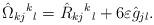
LaTeX: \begin{align*} \hat{\Omega}_{kj}{}^k{}_{l}=\hat{R}_{kj}{}^k{}_{l}+ 6 \varepsilon \hat{g}_{jl}. \end{align*}